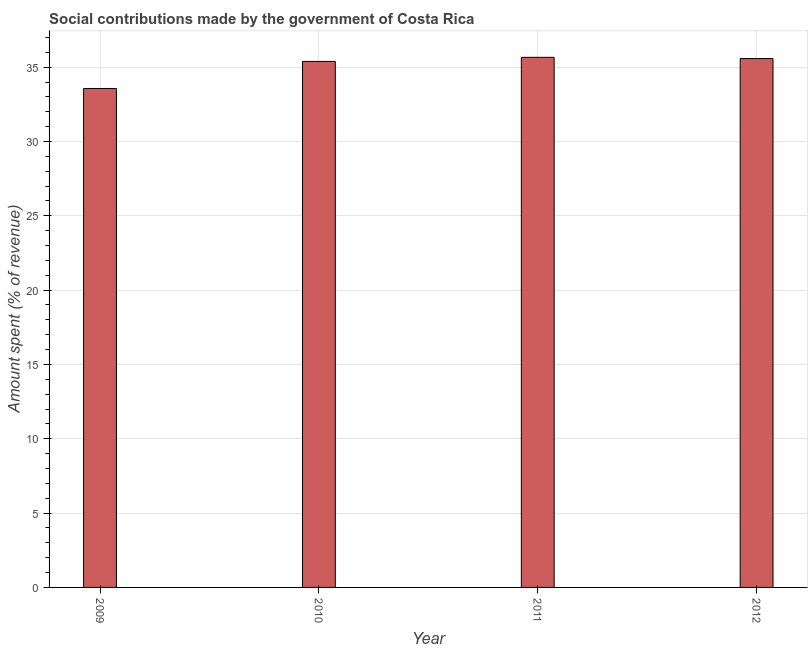
| Year | Social contributions |
 | --- | --- |
 | 2009 | 33.6 |
 | 2010 | 35.4 |
 | 2011 | 35.7 |
 | 2012 | 35.6 |